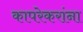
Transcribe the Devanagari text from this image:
कापरेकरांना